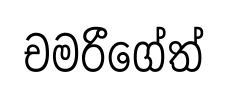
චමරීගේත්